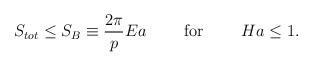
LaTeX: \begin{align*}S_{tot}\leq S_B\equiv {{2\pi}\over p}Ea\ \ \ \ \ \ \ {\rm for}\ \ \ \ \ \ \ Ha\leq 1.\end{align*}